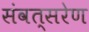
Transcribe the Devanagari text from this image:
संवत्सरेण